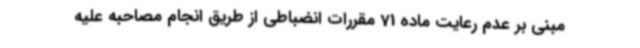
مبنی بر عدم رعایت ماده 71 مقررات انضباطی از طریق انجام مصاحبه علیه